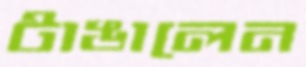
টাঙালেন